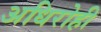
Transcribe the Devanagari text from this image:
अधिरोही